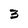
Character: 3